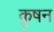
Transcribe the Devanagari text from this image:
कृषन